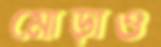
মোড়াও